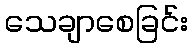
သေချာစေခြင်း